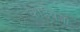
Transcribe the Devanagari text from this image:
कोडेवजा